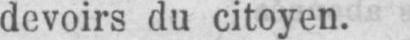
devoirs du citoyen.